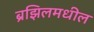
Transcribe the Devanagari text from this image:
ब्रझिलमधील